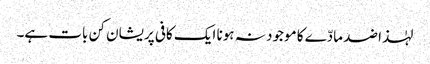
لہٰذا ضد مادّے کا موجود نہ ہونا ایک کافی پریشان کن بات ہے۔